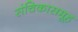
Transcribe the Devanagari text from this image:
संचिकासमूह